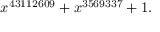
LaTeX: x ^ { 4 3 1 1 2 6 0 9 } + x ^ { 3 5 6 9 3 3 7 } + 1 .